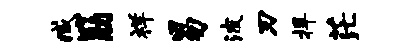
臧筋祥易波刃捍茫